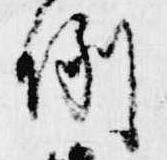
例